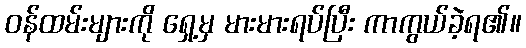
ဝန်ထမ်းများကို ရှေ့မှ မားမားရပ်ပြီး ကာကွယ်ခဲ့ရ၏။